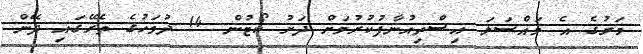
މަރުގެ އެ މައްސަލަ އިސްތިއުނާފުކުރުމަށް ދަށު ކޯޓުން 14 ދުވަހުގެ ތެރޭގައި ދޭން